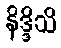
နိဒ္ဒိသိ